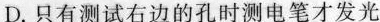
D.只有测试右边的孔时测电笔才发光